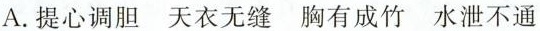
A. 提心调胆 天衣无缝 胸有成竹 水泄不通